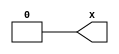
module genblock_port_shadow_top(x);
	generate
		if (1) begin : blk
			wire x;
			assign x = 0;
		end
	endgenerate
	output wire x;
	assign x = blk.x;
endmodule